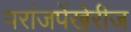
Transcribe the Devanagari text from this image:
परांजपेंखेरीज